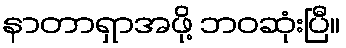
နာတာရှာအဖို့ ဘဝဆုံးပြီ။